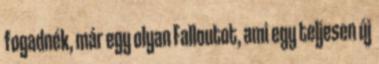
fogadnék, már egy olyan Falloutot, ami egy teljesen új